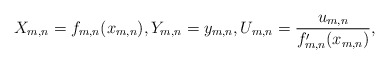
\begin{align*}X_{m,n} = f_{m,n}(x_{m,n}),Y_{m,n}=y_{m,n},U_{m,n}=\frac{u_{m,n}}{f_{m,n}^\prime(x_{m,n})},\end{align*}